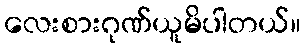
လေးစားဂုဏ်ယူမိပါတယ်။